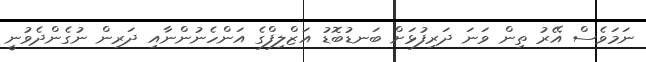
ނަމަވެސް އޭރު ތިން ވަނަ ދަރިފުޅަށް ބަނޑުބޮޑު އަޒްލިފްގެ އަންހެނުންނާއި ދަރިން ނުގެންދެވުނީ